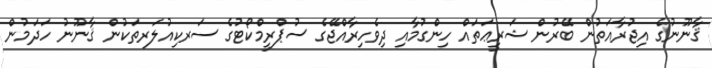
ޤާނޫނުގެ އިޖުރާއަތުން ބޭރުން ޝަރީޢަތައް ހިންގުމާއި ދިވެހިރާއްޖޭގެ ސުޕްރީމްކޯޓުގެ ސަރކިއުލަރތަކުން ޤާނޫނު ހަދަމުން